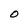
Character: 0